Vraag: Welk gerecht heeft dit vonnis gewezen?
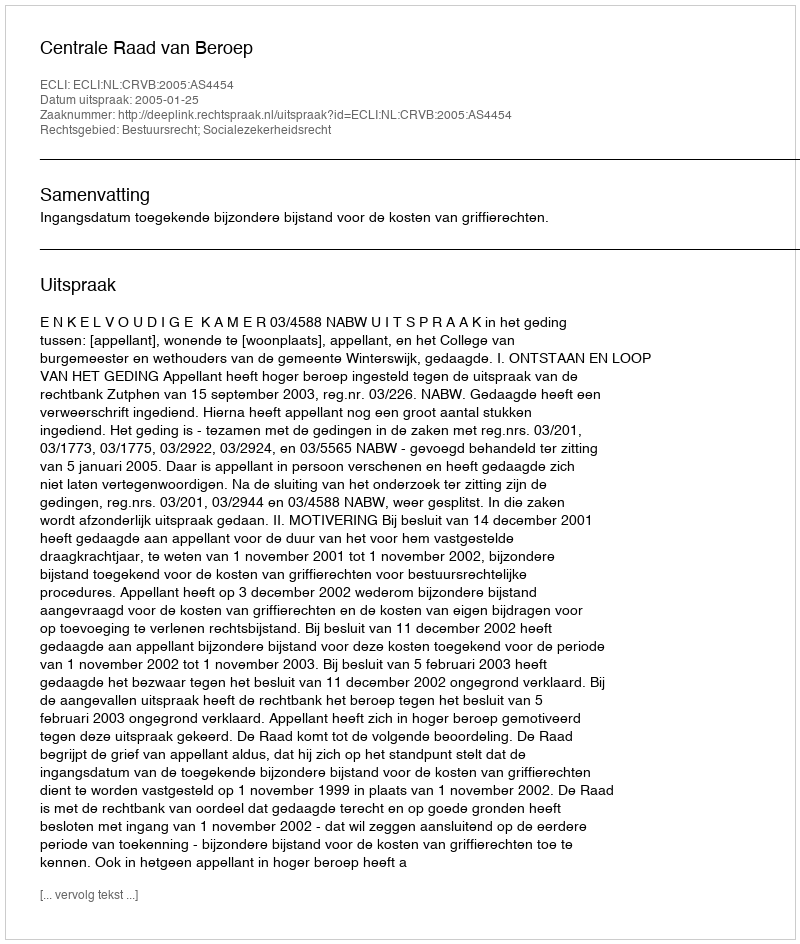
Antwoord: Centrale Raad van Beroep